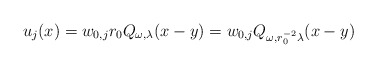
\begin{align*}u_j(x) =w_{0,j} r_0 Q_{\omega,\lambda} (x -y)= w_{0,j}Q_{\omega, r_0^{-2}\lambda} (x -y)\end{align*}